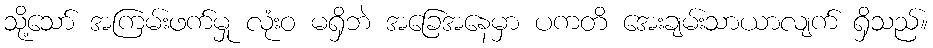
သို့သော် အကြမ်းဖက်မှု လုံးဝ မရှိဘဲ အခြေအနေမှာ ပကတိ အေးချမ်းသာယာလျက် ရှိသည်။